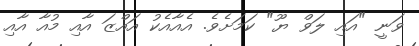
ވަނީ "އައި ލަވް ޔޫ" ކަމަށެވެ. އެއާއެކު އައްޒަ އާއި މުއާ އާއި